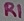
Text: R1